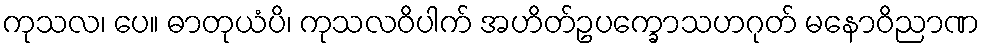
ကုသလ၊ ပေ။ ဓာတုယံပိ၊ ကုသလဝိပါက် အဟိတ်ဥပက္ခောသဟဂုတ် မနောဝိညာဏ